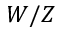
W / Z